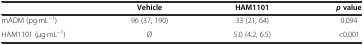
<table><thead><tr><td></td><td><b>Vehicle</b></td><td><b>HAM1101</b></td><td><b><i>p</i> value</b></td></tr></thead><tbody><tr><td>mADM (pg·mL<sup>−1</sup>)</td><td>96 (37, 190)</td><td>33 (21, 64)</td><td>0.094</td></tr><tr><td>HAM1101 (μg·mL<sup>−1</sup>)</td><td>Ø</td><td>5.0 (4.2, 6.5)</td><td>&lt;0.001</td></tr></tbody></table>